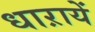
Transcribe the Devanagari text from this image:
धाऱायें